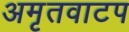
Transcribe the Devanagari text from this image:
अमृतवाटप